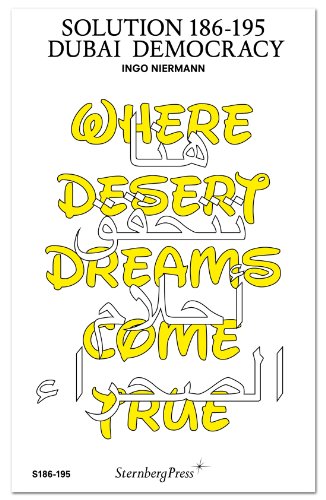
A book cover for Solution 186-195: Dubai Democracy; Ingo Niermann; History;